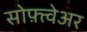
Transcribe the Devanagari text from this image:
सोफ़्त्वेअर